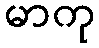
မာကု